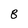
Character: 8